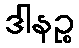
ဒါနဉ္စ